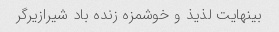
بینهایت لذیذ و خوشمزه زنده باد شیرازیرگر